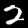
Label: 2